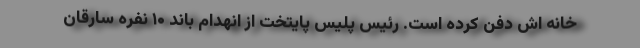
خانه اش دفن کرده است. رئیس پلیس پایتخت از انهدام باند ۱۰ نفره سارقان